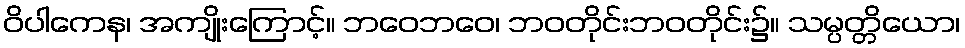
ဝိပါကေန၊ အကျိုးကြောင့်။ ဘဝေဘဝေ၊ ဘဝတိုင်းဘဝတိုင်း၌။ သမ္ပတ္တိယော၊